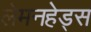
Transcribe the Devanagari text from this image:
लेमनहेड्स